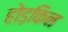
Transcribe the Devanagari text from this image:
होड़किन